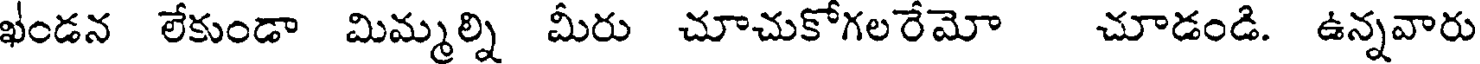
ఖండన లేకుండా మిమ్మల్ని మీరు చూచుకోగలరేమో చూడండి. ఉన్నవారు